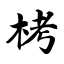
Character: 栲